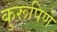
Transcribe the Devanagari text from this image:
कुरूपिणे